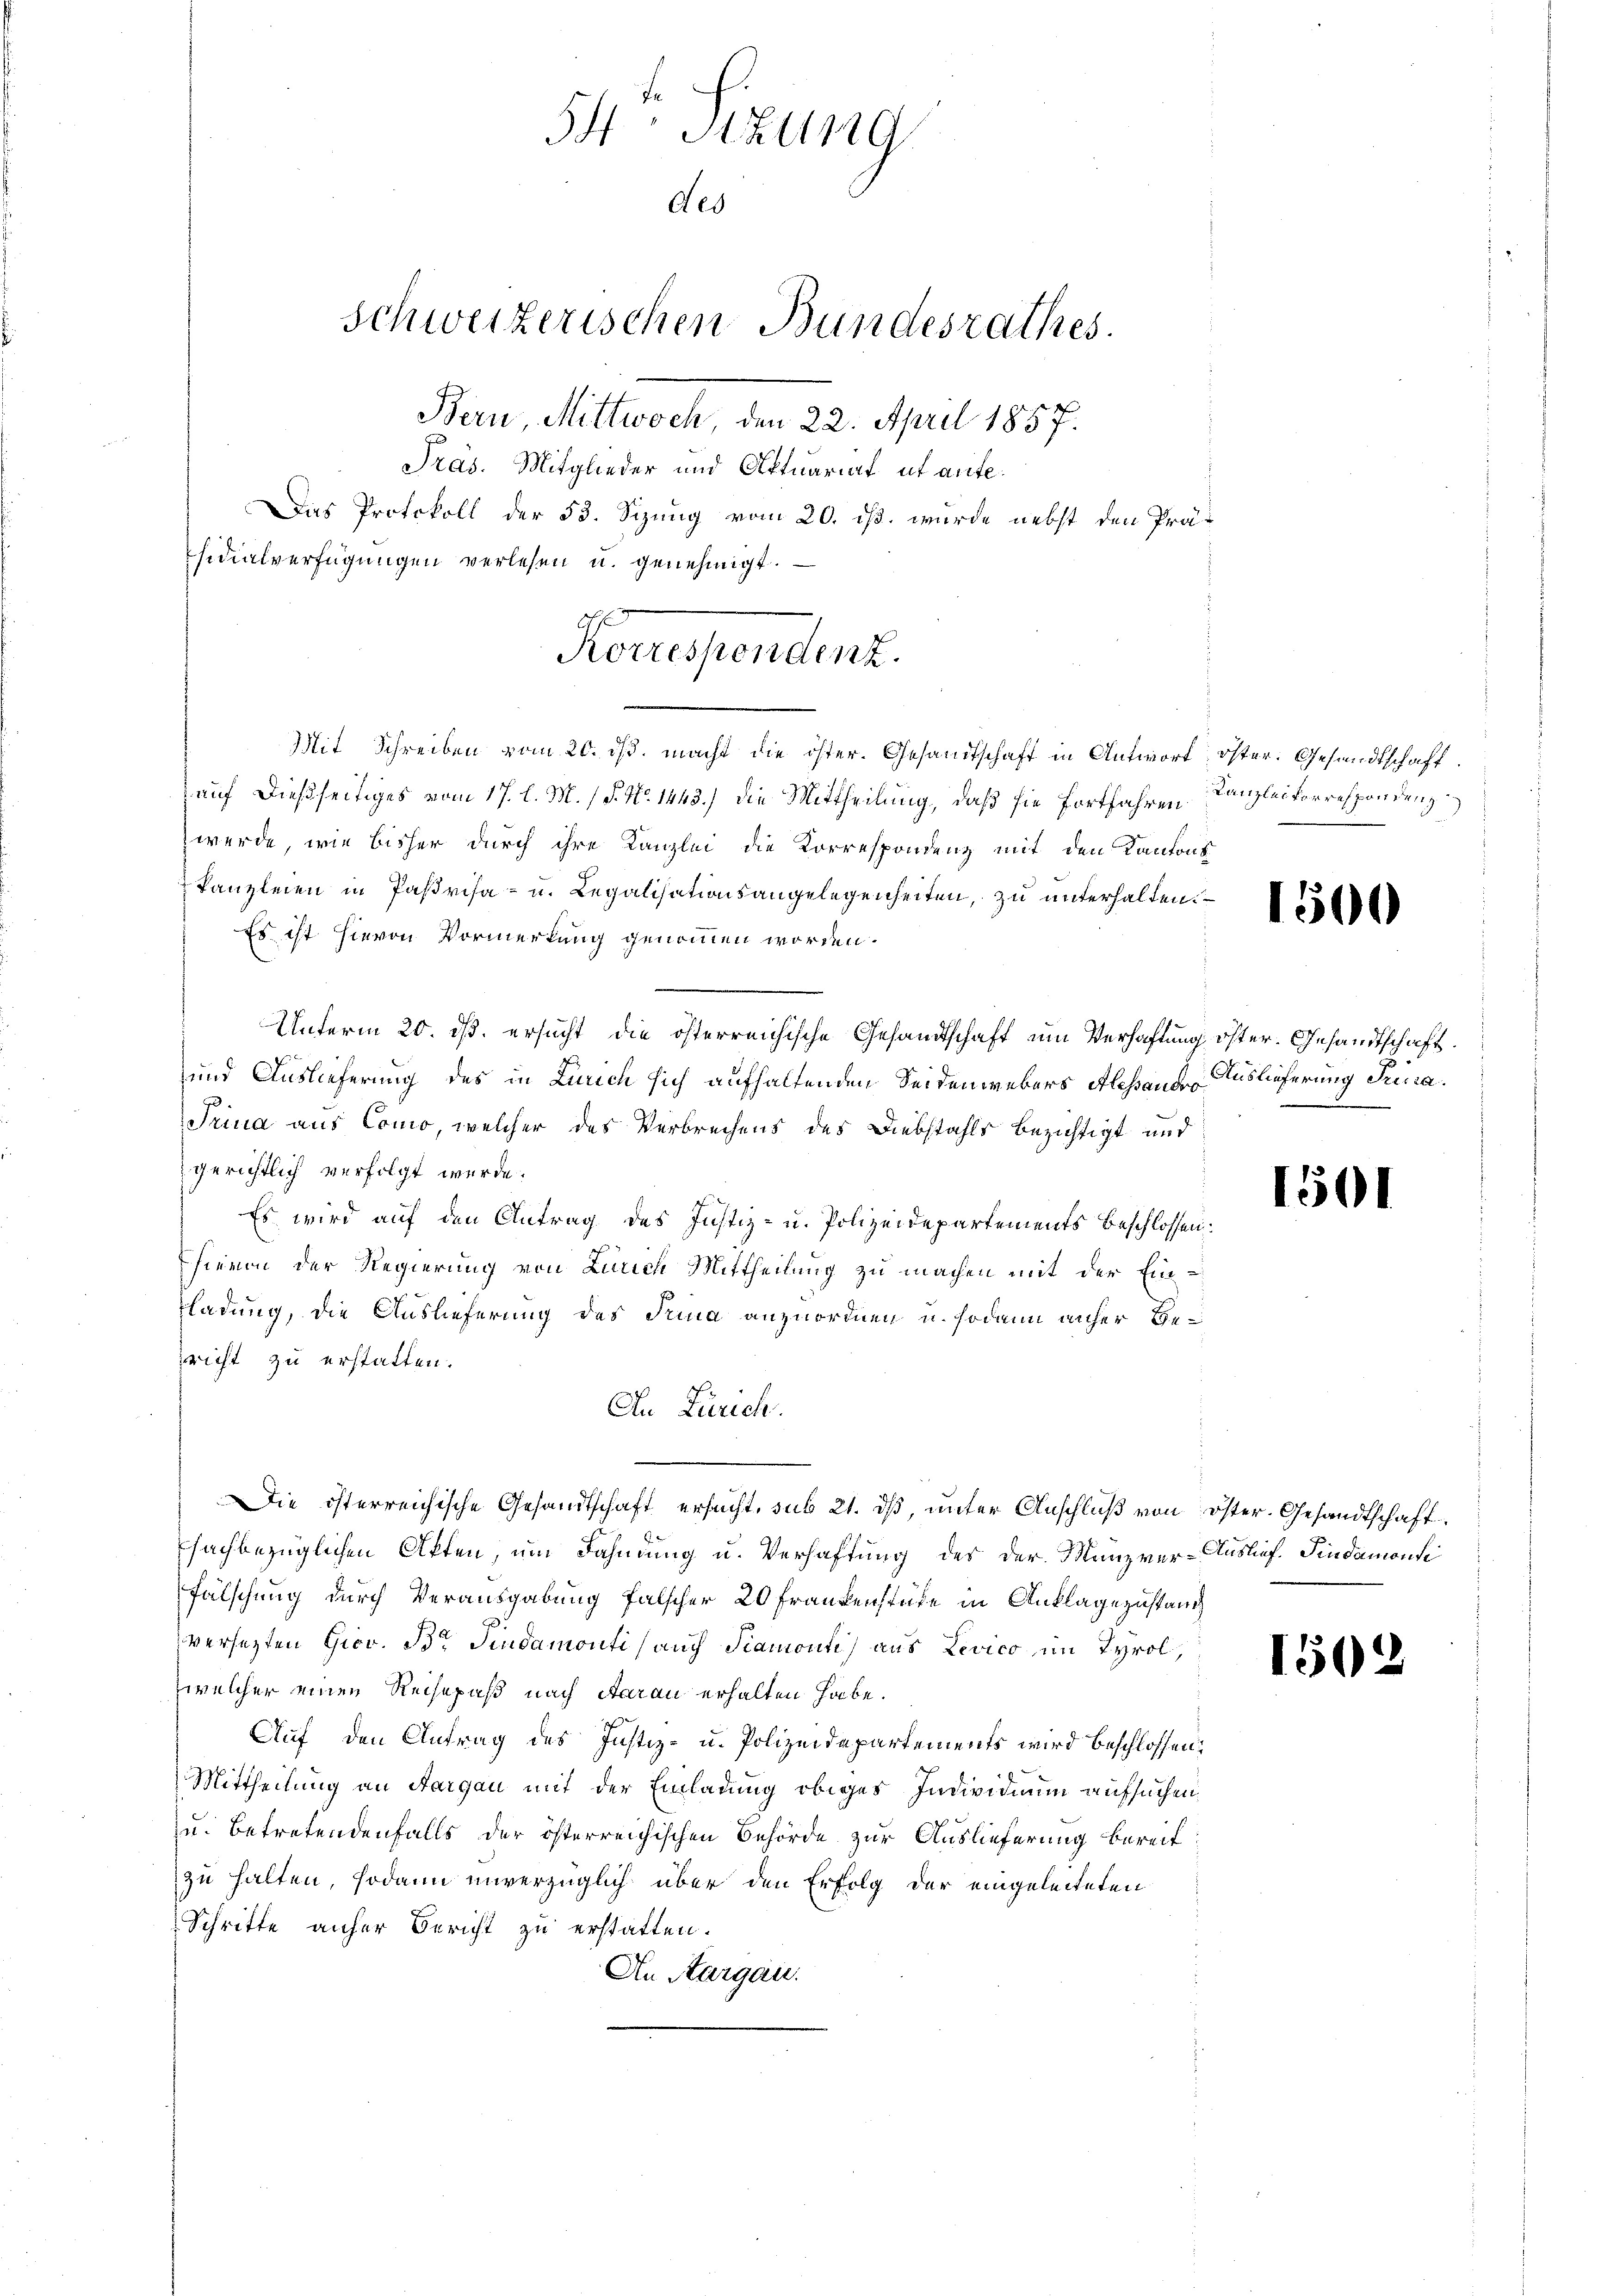
Schweizerischen Bundesrathes.
Bern, Mittwoch, den 22. April 1857.
Pras. Mitglieder und Oftuariat et aufe.
Das Protokoll der 53. Sizung vom 20. ds. wurde nebst den Präsidialverfügungen verlesen u. genehmigt.

54 Sizung
des

Reressendenz.

Mit Schreiben vom 20. ds. macht die öster. Gesandtschaft in Antwort öster. Gesandtschaft.
auf dießseitiges vom 17. l. M. (§. No. 1443.) die Mittheilung, daß sie fortfahren Kanzlei Vorrespondenz
werde, wie bisher durch ihre Kanzlei die Korrespondenz mit den Kantons
Kanzleien in Parisa- u. Legalisationsangelegenheiten, zu unterhalten.
Es ist hievon Vormerkung genommen worden.
Unterm 20. ds. ersucht die österreichische Gesandtschaft um Verhaftung öster. Gesandtschaft.
und Auslieferung des in Lurich sich aufhaltenden Seidenwebers Alessandro
Trina aus Como, welcher des Verbrechens des Diebstahls bezichtigt und
gerichtlich verfolgt werde.
Es wird auf den Antrag des Justiz- u. Polizeidepartements beschlossen:
hievon der Regierung von Luich Mittheilung zu machen mit der Ein¬
Fladung, die Auslieferung des Sina anzuordnen u. sodann anher Gezricht zu erstatten.
An Zürich.
Die österreichische Gesandtschaft ersucht, sub 21. ds, unter Anschluß von öster. Gesandtschaft
sachbezüglichen Offen, um Fahndung u. Verhaftung des der Manzver-Auslief. Pindamonse
Fälschung durch Verausgabung falscher 20 Frankenstüke in Anklagezustand
versetzten Hier. Dr. Sindamonti auch Stamont) aus Levico im Tyrol,
welcher einen Reisepaß nach Aarau erhalten habe.
Auf den Antrag des Justiz- u. Polizeidepartements wird beschlossen:
Mittheilung an Aargau mit der Einladung obiges Individuum aufsuchen,
zu Betretendenfalls der österreichischen Behörde zur Auslieferung bereit
zu halten, sodann unverzüglich über den Erfolg der eingeleiteten
Schritte anher Bericht zu erstatten.
An Aargau.

1500

Auslieferung Srura.

1501

.

1502